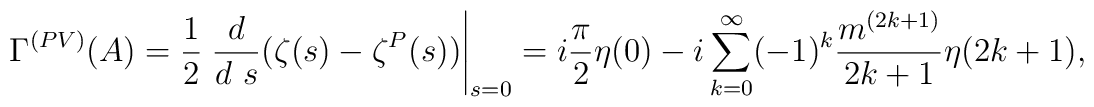
\Gamma^{(PV)}(A)=\frac{1}{2}\left.\frac{d}{d~s}( \zeta(s)-\zeta^P(s))\right|_{s=0}=i\frac{\pi}{2} \eta(0)-i \sum_{k=0}^\infty  (-1)^k\frac{m^{(2 k+1)}}{2k+1}\eta (2 k+1),